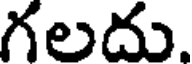
గలదు.